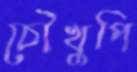
চৌখুপি